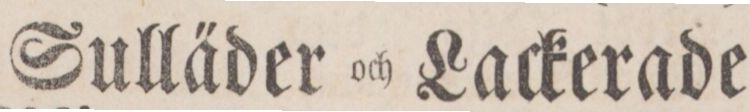
Sulläder och Lackerade